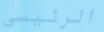
الرئيسي